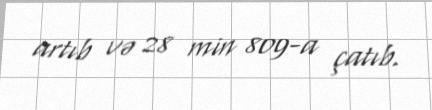
artıb və 28 min 809-a çatıb.